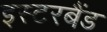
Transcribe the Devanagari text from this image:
इस्टरबैंड